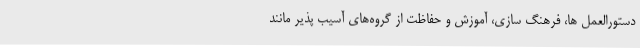
دستورالعمل ها، فرهنگ سازی، آموزش و حفاظت از گروه‌های آسیب پذیر مانند